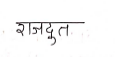
मजकूर: राजदुत